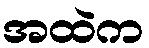
အထဲက